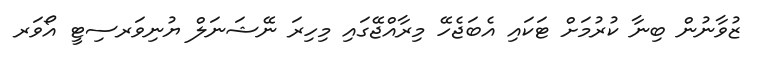
ޒުވާނުން ބިނާ ކުރުމަށް ޓަކައި އެބަޖެހޭ މިރާއްޖޭގައި މިހިރަ ނޭޝަނަލް ޔުނިވަރސިޓީ އޯވަރ